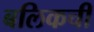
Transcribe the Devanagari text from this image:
बलिकची